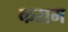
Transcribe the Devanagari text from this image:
कराम